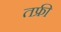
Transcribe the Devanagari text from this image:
तफ्री